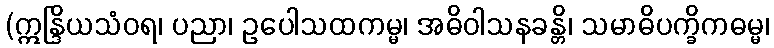
(ဣန္ဒြိယသံဝရ၊ ပညာ၊ ဥပေါသထကမ္မ၊ အဓိဝါသနခန္တိ၊ သမာဓိပက္ခိကဓမ္မ၊